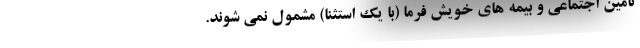
تامین اجتماعی و بیمه های خویش فرما (با یک استثنا) مشمول نمی شوند.